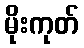
မိုးကုတ်